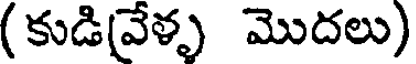
(కుడి(వేళ్ళ మొదలు)